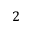
2